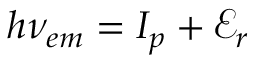
h \nu _ { e m } = I _ { p } + \mathcal { E } _ { r }